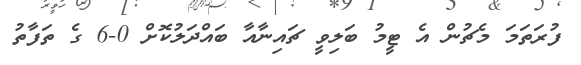
ފުރަތަމަ މެޗުން އެ ޓީމު ބަލިވީ ޗައިނާއާ ބައްދަލުކޮށް 0-6 ގެ ތަފާތު